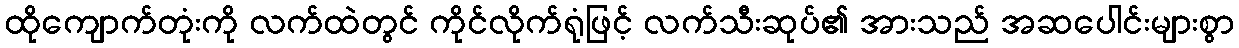
ထိုကျောက်တုံးကို လက်ထဲတွင် ကိုင်လိုက်ရုံဖြင့် လက်သီးဆုပ်၏ အားသည် အဆပေါင်းများစွာ